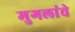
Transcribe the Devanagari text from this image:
मुगलांचे